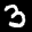
Label: 3